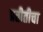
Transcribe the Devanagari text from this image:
प्रतीतीचा